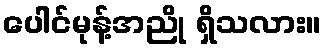
ပေါင်မုန့်အညို ရှိသလား။